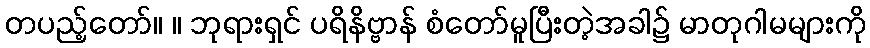
တပည့်တော်။ ။ ဘုရားရှင် ပရိနိဗ္ဗာန် စံတော်မူပြီးတဲ့အခါ၌ မာတုဂါမများကို